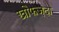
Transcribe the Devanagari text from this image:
खौफज़दा